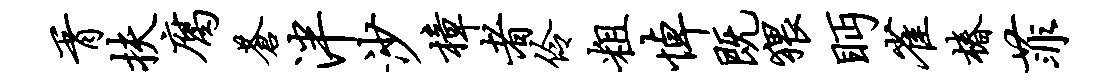
胥扶腐苍泮沙樟者伶粗悼既猥眄雀椿菲